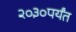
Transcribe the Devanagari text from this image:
२०३०पर्यंत